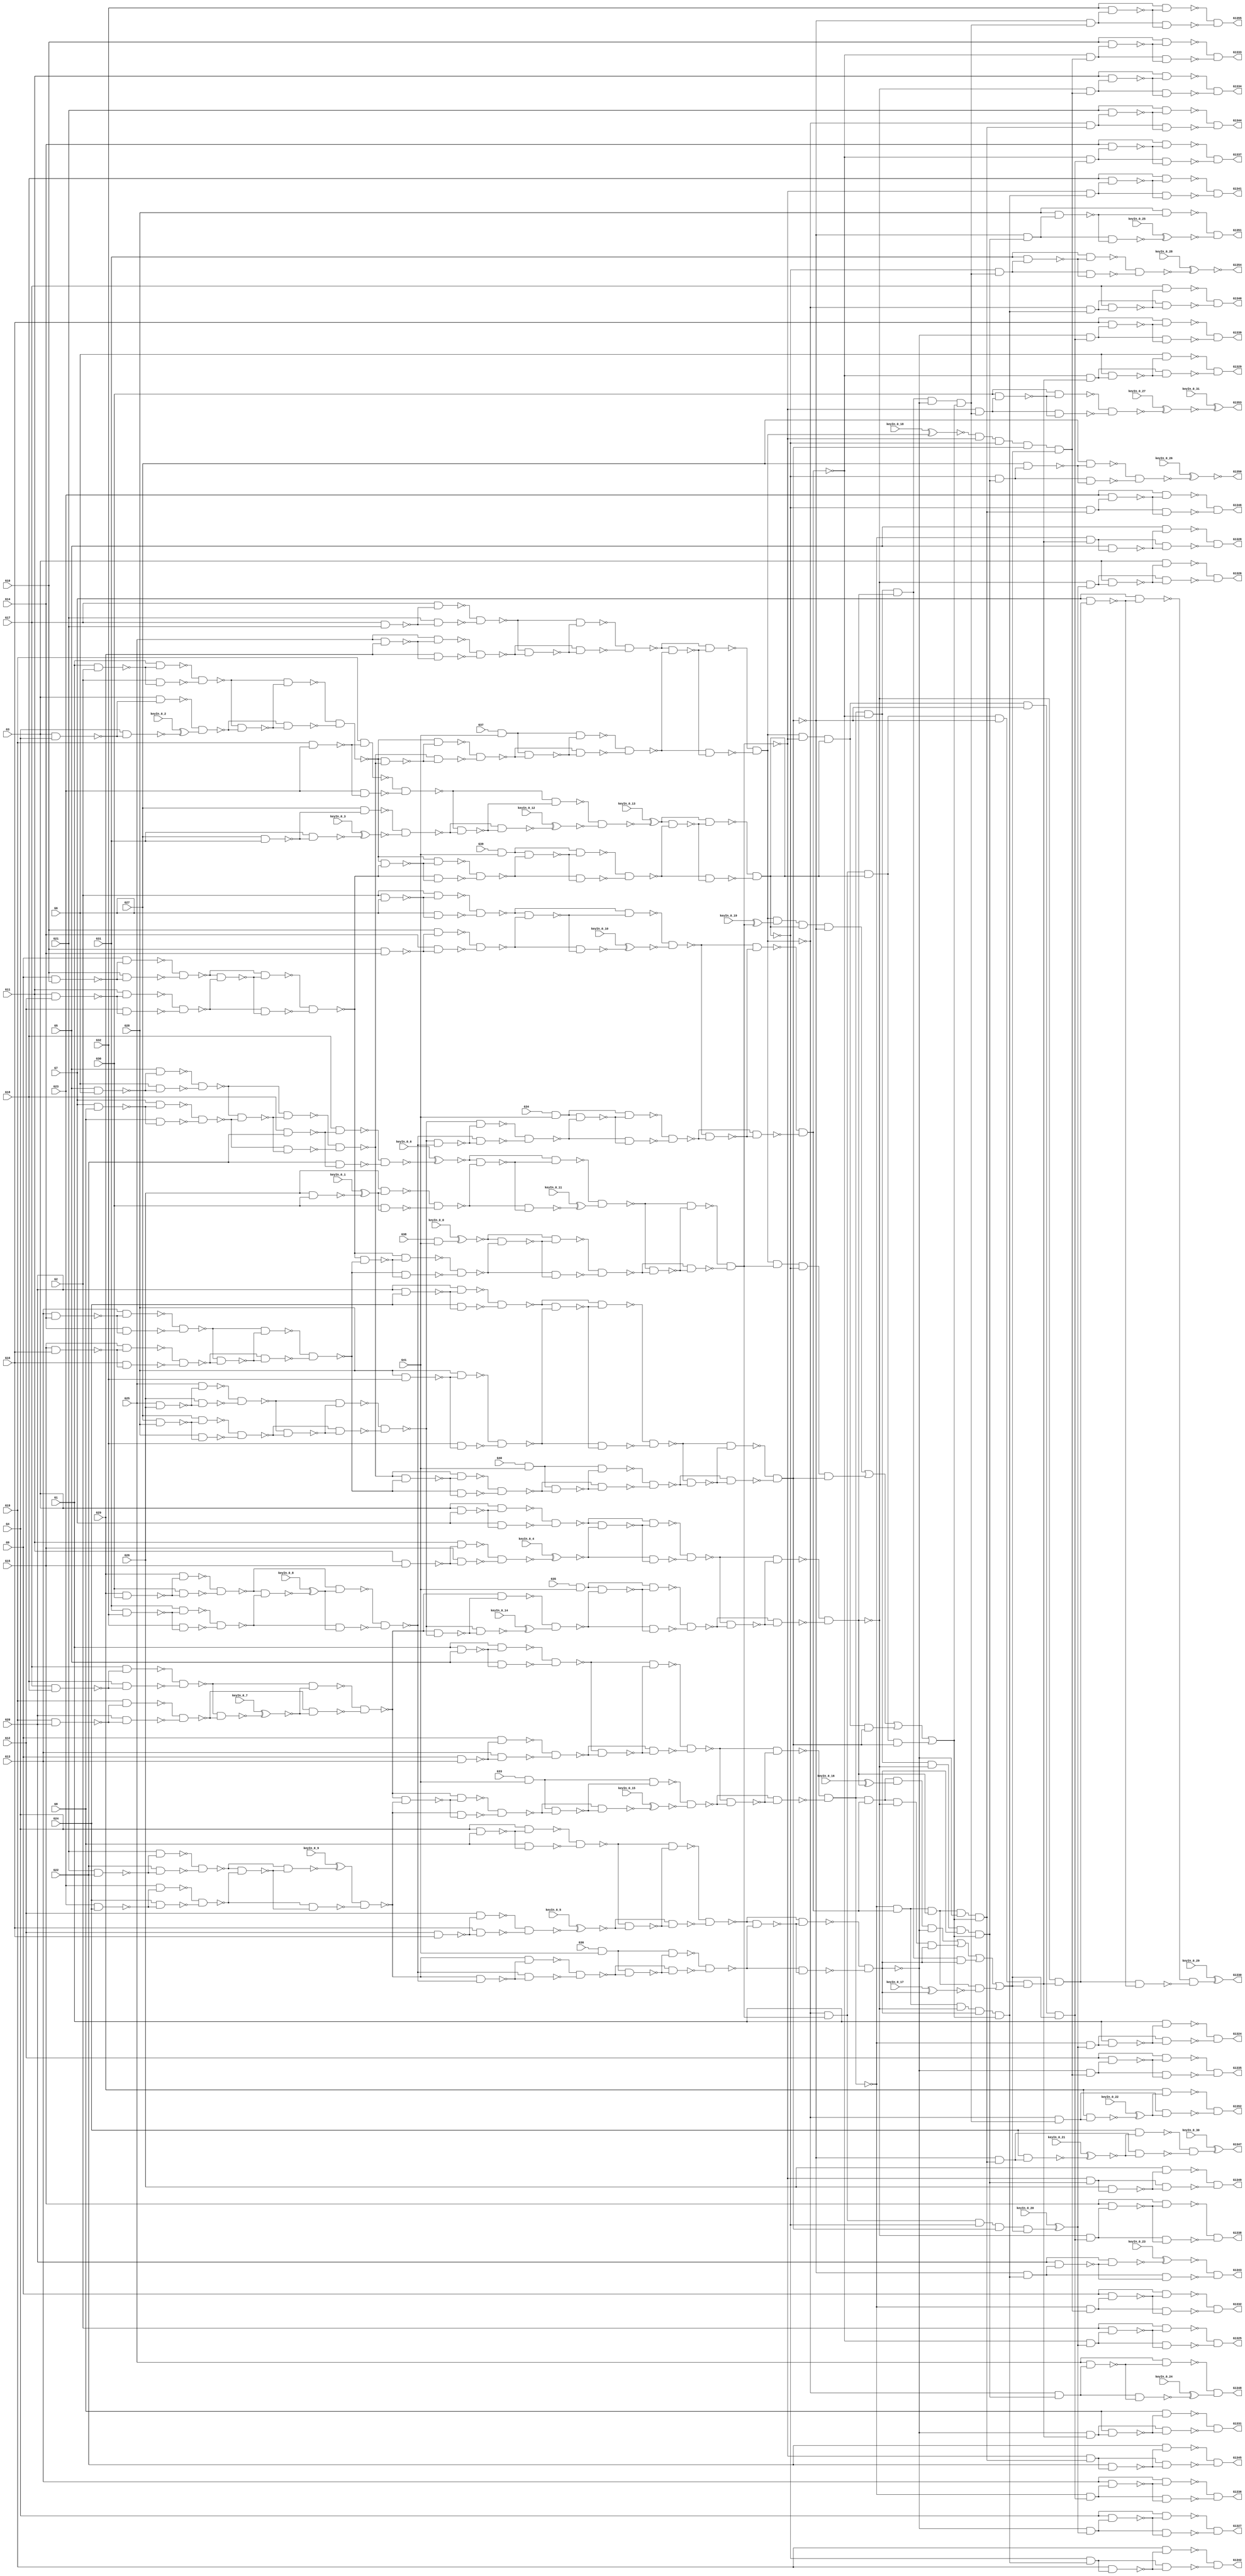
`timescale 1ns / 1ps
module top (G1,G10,G11,G12,G13,G1324,G1325,G1326,G1327,G1328,G1329,G1330,
  G1331,G1332,G1333,G1334,G1335,G1336,G1337,G1338,G1339,G1340,G1341,G1342,
  G1343,G1344,G1345,G1346,G1347,G1348,G1349,G1350,G1351,G1352,G1353,G1354,
  G1355,G14,G15,G16,G17,G18,G19,G2,G20,G21,G22,G23,G24,G25,G26,G27,G28,G29,G3,
                  G30,G31,G32,G33,G34,G35,G36,G37,G38,G39,G4,G40,G41,G5,G6,G7,G8,G9,
        keyIn_0_0, keyIn_0_1, keyIn_0_2, keyIn_0_3, keyIn_0_4,
        keyIn_0_5, keyIn_0_6, keyIn_0_7, keyIn_0_8, keyIn_0_9,
        keyIn_0_10, keyIn_0_11, keyIn_0_12, keyIn_0_13, keyIn_0_14,
        keyIn_0_15, keyIn_0_16, keyIn_0_17, keyIn_0_18, keyIn_0_19,
        keyIn_0_20, keyIn_0_21, keyIn_0_22, keyIn_0_23, keyIn_0_24,
        keyIn_0_25, keyIn_0_26, keyIn_0_27, keyIn_0_28, keyIn_0_29,
        keyIn_0_30, keyIn_0_31);

  input keyIn_0_0, keyIn_0_1, keyIn_0_2, keyIn_0_3, keyIn_0_4;
  input keyIn_0_5, keyIn_0_6, keyIn_0_7, keyIn_0_8, keyIn_0_9;
  input keyIn_0_10, keyIn_0_11, keyIn_0_12, keyIn_0_13, keyIn_0_14;
  input keyIn_0_15, keyIn_0_16, keyIn_0_17, keyIn_0_18, keyIn_0_19;
  input keyIn_0_20, keyIn_0_21, keyIn_0_22, keyIn_0_23, keyIn_0_24;
  input keyIn_0_25, keyIn_0_26, keyIn_0_27, keyIn_0_28, keyIn_0_29;
  input keyIn_0_30, keyIn_0_31;

  wire [0:31] KeyWire_0;
  wire [0:17] KeyNOTWire_0;
input G1,G2,G3,G4,G5,G6,G7,G8,G9,G10,G11,G12,G13,G14,G15,G16,G17,G18,G19,G20,
  G21,G22,G23,G24,G25,G26,G27,G28,G29,G30,G31,G32,G33,G34,G35,G36,G37,G38,G39,
  G40,G41;
output G1324,G1325,G1326,G1327,G1328,G1329,G1330,G1331,G1332,G1333,G1334,G1335,
  G1336,G1337,G1338,G1339,G1340,G1341,G1342,G1343,G1344,G1345,G1346,G1347,
  G1348,G1349,G1350,G1351,G1352,G1353,G1354,G1355;

  wire G242,G245,G248,G251,G254,G257,G260,G263,G266,G269,G272,G275,G278,G281,
    G284,G287,G290,G293,G296,G299,G302,G305,G308,G311,G314,G317,G320,G323,G326,
    G329,G332,G335,G338,G341,G344,G347,G350,G353,G356,G359,G362,G363,G364,G365,
    G366,G367,G368,G369,G370,G371,G372,G373,G374,G375,G376,G377,G378,G379,G380,
    G381,G382,G383,G384,G385,G386,G387,G388,G389,G390,G391,G392,G393,G394,G395,
    G396,G397,G398,G399,G400,G401,G402,G403,G404,G405,G406,G407,G408,G409,G410,
    G411,G412,G413,G414,G415,G416,G417,G418,G419,G420,G421,G422,G423,G424,G425,
    G426,G429,G432,G435,G438,G441,G444,G447,G450,G453,G456,G459,G462,G465,G468,
    G471,G474,G477,G480,G483,G486,G489,G492,G495,G498,G501,G504,G507,G510,G513,
    G516,G519,G522,G525,G528,G531,G534,G537,G540,G543,G546,G549,G552,G555,G558,
    G561,G564,G567,G570,G571,G572,G573,G574,G575,G576,G577,G578,G579,G580,G581,
    G582,G583,G584,G585,G586,G587,G588,G589,G590,G591,G592,G593,G594,G595,G596,
    G597,G598,G599,G600,G601,G602,G607,G612,G617,G622,G627,G632,G637,G642,G645,
    G648,G651,G654,G657,G660,G663,G666,G669,G672,G675,G678,G681,G684,G687,G690,
    G691,G692,G693,G694,G695,G696,G697,G698,G699,G700,G701,G702,G703,G704,G705,
    G706,G709,G712,G715,G718,G721,G724,G727,G730,G733,G736,G739,G742,G745,G748,
    G751,G754,G755,G756,G757,G758,G759,G760,G761,G762,G763,G764,G765,G766,G767,
    G768,G769,G770,G773,G776,G779,G782,G785,G788,G791,G794,G797,G800,G803,G806,
    G809,G812,G815,G818,G819,G820,G821,G822,G823,G824,G825,G826,G827,G828,G829,
    G830,G831,G832,G833,G834,G847,G860,G873,G886,G899,G912,G925,G938,G939,G940,
    G941,G942,G943,G944,G945,G946,G947,G948,G949,G950,G951,G952,G953,G954,G955,
    G956,G957,G958,G959,G960,G961,G962,G963,G964,G965,G966,G967,G968,G969,G970,
    G971,G972,G973,G974,G975,G976,G977,G978,G979,G980,G981,G982,G983,G984,G985,
    G986,G991,G996,G1001,G1006,G1011,G1016,G1021,G1026,G1031,G1036,G1039,G1042,
    G1045,G1048,G1051,G1054,G1057,G1060,G1063,G1066,G1069,G1072,G1075,G1078,
    G1081,G1084,G1087,G1090,G1093,G1096,G1099,G1102,G1105,G1108,G1111,G1114,
    G1117,G1120,G1123,G1126,G1129,G1132,G1135,G1138,G1141,G1144,G1147,G1150,
    G1153,G1156,G1159,G1162,G1165,G1168,G1171,G1174,G1177,G1180,G1183,G1186,
    G1189,G1192,G1195,G1198,G1201,G1204,G1207,G1210,G1213,G1216,G1219,G1222,
    G1225,G1228,G1229,G1230,G1231,G1232,G1233,G1234,G1235,G1236,G1237,G1238,
    G1239,G1240,G1241,G1242,G1243,G1244,G1245,G1246,G1247,G1248,G1249,G1250,
    G1251,G1252,G1253,G1254,G1255,G1256,G1257,G1258,G1259,G1260,G1261,G1262,
    G1263,G1264,G1265,G1266,G1267,G1268,G1269,G1270,G1271,G1272,G1273,G1274,
    G1275,G1276,G1277,G1278,G1279,G1280,G1281,G1282,G1283,G1284,G1285,G1286,
    G1287,G1288,G1289,G1290,G1291,G1292,G1293,G1294,G1295,G1296,G1297,G1298,
    G1299,G1300,G1301,G1302,G1303,G1304,G1305,G1306,G1307,G1308,G1309,G1310,
    G1311,G1312,G1313,G1314,G1315,G1316,G1317,G1318,G1319,G1320,G1321,G1322,
    G1323;

  and AND2_0(G242,G33,G41);
  and AND2_1(G245,G34,G41);
  and AND2_2(G248,G35,G41);
  and AND2_3(G251,G36,G41);
  and AND2_4(G254,G37,G41);
  and AND2_5(KeyWire_0[0], G38,G41);
  xnor KeyGate_0_0(G257, keyIn_0_0, KeyWire_0[0]);
  and AND2_6(G260,G39,G41);
  and AND2_7(G263,G40,G41);
  nand NAND2_0(G266,G1,G2);
  nand NAND2_1(G269,G3,G4);
  nand NAND2_2(G272,G5,G6);
  nand NAND2_3(G275,G7,G8);
  nand NAND2_4(G278,G9,G10);
  nand NAND2_5(G281,G11,G12);
  nand NAND2_6(G284,G13,G14);
  nand NAND2_7(G287,G15,G16);
  nand NAND2_8(G290,G17,G18);
  nand NAND2_9(G293,G19,G20);
  nand NAND2_10(G296,G21,G22);
  nand NAND2_11(G299,G23,G24);
  nand NAND2_12(G302,G25,G26);
  nand NAND2_13(G305,G27,G28);
  nand NAND2_14(G308,G29,G30);
  nand NAND2_15(G311,G31,G32);
  nand NAND2_16(G314,G1,G5);
  nand NAND2_17(G317,G9,G13);
  nand NAND2_18(G320,G2,G6);
  nand NAND2_19(G323,G10,G14);
  nand NAND2_20(G326,G3,G7);
  nand NAND2_21(G329,G11,G15);
  nand NAND2_22(G332,G4,G8);
  nand NAND2_23(G335,G12,G16);
  nand NAND2_24(G338,G17,G21);
  nand NAND2_25(G341,G25,G29);
  nand NAND2_26(G344,G18,G22);
  nand NAND2_27(KeyWire_0[1], G26,G30);
  xnor KeyGate_0_1(KeyNOTWire_0[0], keyIn_0_1, KeyWire_0[1]);
  not KeyNOTGate_0_0(G347, KeyNOTWire_0[0]);
  nand NAND2_28(G350,G19,G23);
  nand NAND2_29(G353,G27,G31);
  nand NAND2_30(G356,G20,G24);
  nand NAND2_31(G359,G28,G32);
  nand NAND2_32(G362,G1,G266);
  nand NAND2_33(G363,G2,G266);
  nand NAND2_34(G364,G3,G269);
  nand NAND2_35(KeyWire_0[2], G4,G269);
  xor KeyGate_0_2(G365, keyIn_0_2, KeyWire_0[2]);
  nand NAND2_36(G366,G5,G272);
  nand NAND2_37(G367,G6,G272);
  nand NAND2_38(G368,G7,G275);
  nand NAND2_39(G369,G8,G275);
  nand NAND2_40(G370,G9,G278);
  nand NAND2_41(G371,G10,G278);
  nand NAND2_42(G372,G11,G281);
  nand NAND2_43(G373,G12,G281);
  nand NAND2_44(G374,G13,G284);
  nand NAND2_45(G375,G14,G284);
  nand NAND2_46(G376,G15,G287);
  nand NAND2_47(G377,G16,G287);
  nand NAND2_48(G378,G17,G290);
  nand NAND2_49(G379,G18,G290);
  nand NAND2_50(G380,G19,G293);
  nand NAND2_51(G381,G20,G293);
  nand NAND2_52(G382,G21,G296);
  nand NAND2_53(G383,G22,G296);
  nand NAND2_54(G384,G23,G299);
  nand NAND2_55(G385,G24,G299);
  nand NAND2_56(G386,G25,G302);
  nand NAND2_57(G387,G26,G302);
  nand NAND2_58(G388,G27,G305);
  nand NAND2_59(G389,G28,G305);
  nand NAND2_60(G390,G29,G308);
  nand NAND2_61(G391,G30,G308);
  nand NAND2_62(G392,G31,G311);
  nand NAND2_63(G393,G32,G311);
  nand NAND2_64(G394,G1,G314);
  nand NAND2_65(G395,G5,G314);
  nand NAND2_66(G396,G9,G317);
  nand NAND2_67(G397,G13,G317);
  nand NAND2_68(G398,G2,G320);
  nand NAND2_69(G399,G6,G320);
  nand NAND2_70(G400,G10,G323);
  nand NAND2_71(G401,G14,G323);
  nand NAND2_72(G402,G3,G326);
  nand NAND2_73(G403,G7,G326);
  nand NAND2_74(G404,G11,G329);
  nand NAND2_75(G405,G15,G329);
  nand NAND2_76(G406,G4,G332);
  nand NAND2_77(G407,G8,G332);
  nand NAND2_78(G408,G12,G335);
  nand NAND2_79(G409,G16,G335);
  nand NAND2_80(G410,G17,G338);
  nand NAND2_81(G411,G21,G338);
  nand NAND2_82(G412,G25,G341);
  nand NAND2_83(G413,G29,G341);
  nand NAND2_84(G414,G18,G344);
  nand NAND2_85(G415,G22,G344);
  nand NAND2_86(G416,G26,G347);
  nand NAND2_87(G417,G30,G347);
  nand NAND2_88(G418,G19,G350);
  nand NAND2_89(G419,G23,G350);
  nand NAND2_90(G420,G27,G353);
  nand NAND2_91(KeyWire_0[3], G31,G353);
  xor KeyGate_0_3(KeyNOTWire_0[1], keyIn_0_3, KeyWire_0[3]);
  not KeyNOTGate_0_1(G421, KeyNOTWire_0[1]);
  nand NAND2_92(G422,G20,G356);
  nand NAND2_93(G423,G24,G356);
  nand NAND2_94(G424,G28,G359);
  nand NAND2_95(G425,G32,G359);
  nand NAND2_96(G426,G362,G363);
  nand NAND2_97(G429,G364,G365);
  nand NAND2_98(G432,G366,G367);
  nand NAND2_99(G435,G368,G369);
  nand NAND2_100(G438,G370,G371);
  nand NAND2_101(G441,G372,G373);
  nand NAND2_102(G444,G374,G375);
  nand NAND2_103(G447,G376,G377);
  nand NAND2_104(G450,G378,G379);
  nand NAND2_105(G453,G380,G381);
  nand NAND2_106(G456,G382,G383);
  nand NAND2_107(G459,G384,G385);
  nand NAND2_108(G462,G386,G387);
  nand NAND2_109(G465,G388,G389);
  nand NAND2_110(G468,G390,G391);
  nand NAND2_111(G471,G392,G393);
  nand NAND2_112(G474,G394,G395);
  nand NAND2_113(G477,G396,G397);
  nand NAND2_114(G480,G398,G399);
  nand NAND2_115(G483,G400,G401);
  nand NAND2_116(G486,G402,G403);
  nand NAND2_117(KeyWire_0[4], G404,G405);
  xor KeyGate_0_4(KeyNOTWire_0[2], keyIn_0_4, KeyWire_0[4]);
  not KeyNOTGate_0_2(G489, KeyNOTWire_0[2]);
  nand NAND2_118(G492,G406,G407);
  nand NAND2_119(KeyWire_0[5], G408,G409);
  xor KeyGate_0_5(KeyNOTWire_0[3], keyIn_0_5, KeyWire_0[5]);
  not KeyNOTGate_0_3(G495, KeyNOTWire_0[3]);
  nand NAND2_120(G498,G410,G411);
  nand NAND2_121(G501,G412,G413);
  nand NAND2_122(KeyWire_0[6], G414,G415);
  xnor KeyGate_0_6(G504, keyIn_0_6, KeyWire_0[6]);
  nand NAND2_123(G507,G416,G417);
  nand NAND2_124(G510,G418,G419);
  nand NAND2_125(G513,G420,G421);
  nand NAND2_126(G516,G422,G423);
  nand NAND2_127(G519,G424,G425);
  nand NAND2_128(G522,G426,G429);
  nand NAND2_129(G525,G432,G435);
  nand NAND2_130(G528,G438,G441);
  nand NAND2_131(G531,G444,G447);
  nand NAND2_132(KeyWire_0[7], G450,G453);
  xnor KeyGate_0_7(G534, keyIn_0_7, KeyWire_0[7]);
  nand NAND2_133(G537,G456,G459);
  nand NAND2_134(G540,G462,G465);
  nand NAND2_135(KeyWire_0[8], G468,G471);
  xnor KeyGate_0_8(KeyNOTWire_0[4], keyIn_0_8, KeyWire_0[8]);
  not KeyNOTGate_0_4(G543, KeyNOTWire_0[4]);
  nand NAND2_136(G546,G474,G477);
  nand NAND2_137(G549,G480,G483);
  nand NAND2_138(G552,G486,G489);
  nand NAND2_139(G555,G492,G495);
  nand NAND2_140(G558,G498,G501);
  nand NAND2_141(G561,G504,G507);
  nand NAND2_142(G564,G510,G513);
  nand NAND2_143(G567,G516,G519);
  nand NAND2_144(G570,G426,G522);
  nand NAND2_145(G571,G429,G522);
  nand NAND2_146(G572,G432,G525);
  nand NAND2_147(G573,G435,G525);
  nand NAND2_148(G574,G438,G528);
  nand NAND2_149(G575,G441,G528);
  nand NAND2_150(G576,G444,G531);
  nand NAND2_151(G577,G447,G531);
  nand NAND2_152(G578,G450,G534);
  nand NAND2_153(G579,G453,G534);
  nand NAND2_154(KeyWire_0[9], G456,G537);
  xnor KeyGate_0_9(KeyNOTWire_0[5], keyIn_0_9, KeyWire_0[9]);
  not KeyNOTGate_0_5(G580, KeyNOTWire_0[5]);
  nand NAND2_155(G581,G459,G537);
  nand NAND2_156(G582,G462,G540);
  nand NAND2_157(G583,G465,G540);
  nand NAND2_158(G584,G468,G543);
  nand NAND2_159(G585,G471,G543);
  nand NAND2_160(G586,G474,G546);
  nand NAND2_161(G587,G477,G546);
  nand NAND2_162(G588,G480,G549);
  nand NAND2_163(KeyWire_0[10], G483,G549);
  xor KeyGate_0_10(KeyNOTWire_0[6], keyIn_0_10, KeyWire_0[10]);
  not KeyNOTGate_0_6(G589, KeyNOTWire_0[6]);
  nand NAND2_164(G590,G486,G552);
  nand NAND2_165(G591,G489,G552);
  nand NAND2_166(G592,G492,G555);
  nand NAND2_167(G593,G495,G555);
  nand NAND2_168(G594,G498,G558);
  nand NAND2_169(G595,G501,G558);
  nand NAND2_170(G596,G504,G561);
  nand NAND2_171(KeyWire_0[11], G507,G561);
  xnor KeyGate_0_11(KeyNOTWire_0[7], keyIn_0_11, KeyWire_0[11]);
  not KeyNOTGate_0_7(G597, KeyNOTWire_0[7]);
  nand NAND2_172(G598,G510,G564);
  nand NAND2_173(KeyWire_0[12], G513,G564);
  xor KeyGate_0_12(KeyNOTWire_0[8], keyIn_0_12, KeyWire_0[12]);
  not KeyNOTGate_0_8(G599, KeyNOTWire_0[8]);
  nand NAND2_174(G600,G516,G567);
  nand NAND2_175(G601,G519,G567);
  nand NAND2_176(G602,G570,G571);
  nand NAND2_177(G607,G572,G573);
  nand NAND2_178(G612,G574,G575);
  nand NAND2_179(G617,G576,G577);
  nand NAND2_180(G622,G578,G579);
  nand NAND2_181(G627,G580,G581);
  nand NAND2_182(G632,G582,G583);
  nand NAND2_183(G637,G584,G585);
  nand NAND2_184(G642,G586,G587);
  nand NAND2_185(G645,G588,G589);
  nand NAND2_186(G648,G590,G591);
  nand NAND2_187(G651,G592,G593);
  nand NAND2_188(G654,G594,G595);
  nand NAND2_189(G657,G596,G597);
  nand NAND2_190(KeyWire_0[13], G598,G599);
  xnor KeyGate_0_13(KeyNOTWire_0[9], keyIn_0_13, KeyWire_0[13]);
  not KeyNOTGate_0_9(G660, KeyNOTWire_0[9]);
  nand NAND2_191(G663,G600,G601);
  nand NAND2_192(G666,G602,G607);
  nand NAND2_193(G669,G612,G617);
  nand NAND2_194(G672,G602,G612);
  nand NAND2_195(G675,G607,G617);
  nand NAND2_196(G678,G622,G627);
  nand NAND2_197(G681,G632,G637);
  nand NAND2_198(G684,G622,G632);
  nand NAND2_199(G687,G627,G637);
  nand NAND2_200(G690,G602,G666);
  nand NAND2_201(G691,G607,G666);
  nand NAND2_202(G692,G612,G669);
  nand NAND2_203(G693,G617,G669);
  nand NAND2_204(G694,G602,G672);
  nand NAND2_205(G695,G612,G672);
  nand NAND2_206(G696,G607,G675);
  nand NAND2_207(G697,G617,G675);
  nand NAND2_208(G698,G622,G678);
  nand NAND2_209(G699,G627,G678);
  nand NAND2_210(G700,G632,G681);
  nand NAND2_211(G701,G637,G681);
  nand NAND2_212(G702,G622,G684);
  nand NAND2_213(KeyWire_0[14], G632,G684);
  xor KeyGate_0_14(G703, keyIn_0_14, KeyWire_0[14]);
  nand NAND2_214(G704,G627,G687);
  nand NAND2_215(G705,G637,G687);
  nand NAND2_216(G706,G690,G691);
  nand NAND2_217(G709,G692,G693);
  nand NAND2_218(G712,G694,G695);
  nand NAND2_219(G715,G696,G697);
  nand NAND2_220(G718,G698,G699);
  nand NAND2_221(G721,G700,G701);
  nand NAND2_222(G724,G702,G703);
  nand NAND2_223(G727,G704,G705);
  nand NAND2_224(G730,G242,G718);
  nand NAND2_225(G733,G245,G721);
  nand NAND2_226(G736,G248,G724);
  nand NAND2_227(G739,G251,G727);
  nand NAND2_228(G742,G254,G706);
  nand NAND2_229(G745,G257,G709);
  nand NAND2_230(G748,G260,G712);
  nand NAND2_231(G751,G263,G715);
  nand NAND2_232(G754,G242,G730);
  nand NAND2_233(KeyWire_0[15], G718,G730);
  xnor KeyGate_0_15(G755, keyIn_0_15, KeyWire_0[15]);
  nand NAND2_234(G756,G245,G733);
  nand NAND2_235(G757,G721,G733);
  nand NAND2_236(G758,G248,G736);
  nand NAND2_237(G759,G724,G736);
  nand NAND2_238(G760,G251,G739);
  nand NAND2_239(G761,G727,G739);
  nand NAND2_240(G762,G254,G742);
  nand NAND2_241(G763,G706,G742);
  nand NAND2_242(G764,G257,G745);
  nand NAND2_243(G765,G709,G745);
  nand NAND2_244(G766,G260,G748);
  nand NAND2_245(G767,G712,G748);
  nand NAND2_246(G768,G263,G751);
  nand NAND2_247(G769,G715,G751);
  nand NAND2_248(G770,G754,G755);
  nand NAND2_249(G773,G756,G757);
  nand NAND2_250(G776,G758,G759);
  nand NAND2_251(G779,G760,G761);
  nand NAND2_252(G782,G762,G763);
  nand NAND2_253(G785,G764,G765);
  nand NAND2_254(G788,G766,G767);
  nand NAND2_255(G791,G768,G769);
  nand NAND2_256(G794,G642,G770);
  nand NAND2_257(G797,G645,G773);
  nand NAND2_258(G800,G648,G776);
  nand NAND2_259(G803,G651,G779);
  nand NAND2_260(G806,G654,G782);
  nand NAND2_261(G809,G657,G785);
  nand NAND2_262(G812,G660,G788);
  nand NAND2_263(G815,G663,G791);
  nand NAND2_264(G818,G642,G794);
  nand NAND2_265(G819,G770,G794);
  nand NAND2_266(G820,G645,G797);
  nand NAND2_267(G821,G773,G797);
  nand NAND2_268(G822,G648,G800);
  nand NAND2_269(G823,G776,G800);
  nand NAND2_270(G824,G651,G803);
  nand NAND2_271(G825,G779,G803);
  nand NAND2_272(G826,G654,G806);
  nand NAND2_273(G827,G782,G806);
  nand NAND2_274(G828,G657,G809);
  nand NAND2_275(G829,G785,G809);
  nand NAND2_276(G830,G660,G812);
  nand NAND2_277(G831,G788,G812);
  nand NAND2_278(G832,G663,G815);
  nand NAND2_279(G833,G791,G815);
  nand NAND2_280(G834,G818,G819);
  nand NAND2_281(G847,G820,G821);
  nand NAND2_282(G860,G822,G823);
  nand NAND2_283(G873,G824,G825);
  nand NAND2_284(G886,G828,G829);
  nand NAND2_285(G899,G832,G833);
  nand NAND2_286(G912,G830,G831);
  nand NAND2_287(G925,G826,G827);
  not NOT_0(G938,G834);
  not NOT_1(G939,G847);
  not NOT_2(KeyWire_0[16], G860);
  xnor KeyGate_0_16(KeyNOTWire_0[10], keyIn_0_16, KeyWire_0[16]);
  not KeyNOTGate_0_10(G940, KeyNOTWire_0[10]);
  not NOT_3(G941,G834);
  not NOT_4(G942,G847);
  not NOT_5(G943,G873);
  not NOT_6(G944,G834);
  not NOT_7(G945,G860);
  not NOT_8(G946,G873);
  not NOT_9(G947,G847);
  not NOT_10(G948,G860);
  not NOT_11(KeyWire_0[17], G873);
  xor KeyGate_0_17(KeyNOTWire_0[11], keyIn_0_17, KeyWire_0[17]);
  not KeyNOTGate_0_11(G949, KeyNOTWire_0[11]);
  not NOT_12(G950,G886);
  not NOT_13(G951,G899);
  not NOT_14(G952,G886);
  not NOT_15(G953,G912);
  not NOT_16(KeyWire_0[18], G925);
  xnor KeyGate_0_18(G954, keyIn_0_18, KeyWire_0[18]);
  not NOT_17(G955,G899);
  not NOT_18(G956,G925);
  not NOT_19(G957,G912);
  not NOT_20(G958,G925);
  not NOT_21(KeyWire_0[19], G886);
  xnor KeyGate_0_19(KeyNOTWire_0[12], keyIn_0_19, KeyWire_0[19]);
  not KeyNOTGate_0_12(G959, KeyNOTWire_0[12]);
  not NOT_22(G960,G912);
  not NOT_23(G961,G925);
  not NOT_24(G962,G886);
  not NOT_25(G963,G899);
  not NOT_26(G964,G925);
  not NOT_27(G965,G912);
  not NOT_28(G966,G899);
  not NOT_29(G967,G886);
  not NOT_30(G968,G912);
  not NOT_31(G969,G899);
  not NOT_32(G970,G847);
  not NOT_33(G971,G873);
  not NOT_34(G972,G847);
  not NOT_35(G973,G860);
  not NOT_36(G974,G834);
  not NOT_37(G975,G873);
  not NOT_38(G976,G834);
  not NOT_39(G977,G860);
  and AND4_0(G978,G938,G939,G940,G873);
  and AND4_1(G979,G941,G942,G860,G943);
  and AND4_2(G980,G944,G847,G945,G946);
  and AND4_3(G981,G834,G947,G948,G949);
  and AND4_4(G982,G958,G959,G960,G899);
  and AND4_5(G983,G961,G962,G912,G963);
  and AND4_6(G984,G964,G886,G965,G966);
  and AND4_7(G985,G925,G967,G968,G969);
  or OR4_0(G986,G978,G979,G980,G981);
  or OR4_1(G991,G982,G983,G984,G985);
  and AND5_0(KeyWire_0[20], G925,G950,G912,G951,G986);
  xnor KeyGate_0_20(KeyNOTWire_0[13], keyIn_0_20, KeyWire_0[20]);
  not KeyNOTGate_0_13(G996, KeyNOTWire_0[13]);
  and AND5_1(G1001,G925,G952,G953,G899,G986);
  and AND5_2(G1006,G954,G886,G912,G955,G986);
  and AND5_3(G1011,G956,G886,G957,G899,G986);
  and AND5_4(G1016,G834,G970,G860,G971,G991);
  and AND5_5(G1021,G834,G972,G973,G873,G991);
  and AND5_6(G1026,G974,G847,G860,G975,G991);
  and AND5_7(G1031,G976,G847,G977,G873,G991);
  and AND2_8(G1036,G834,G996);
  and AND2_9(G1039,G847,G996);
  and AND2_10(G1042,G860,G996);
  and AND2_11(G1045,G873,G996);
  and AND2_12(G1048,G834,G1001);
  and AND2_13(G1051,G847,G1001);
  and AND2_14(G1054,G860,G1001);
  and AND2_15(G1057,G873,G1001);
  and AND2_16(G1060,G834,G1006);
  and AND2_17(G1063,G847,G1006);
  and AND2_18(G1066,G860,G1006);
  and AND2_19(G1069,G873,G1006);
  and AND2_20(G1072,G834,G1011);
  and AND2_21(G1075,G847,G1011);
  and AND2_22(G1078,G860,G1011);
  and AND2_23(G1081,G873,G1011);
  and AND2_24(G1084,G925,G1016);
  and AND2_25(G1087,G886,G1016);
  and AND2_26(G1090,G912,G1016);
  and AND2_27(G1093,G899,G1016);
  and AND2_28(G1096,G925,G1021);
  and AND2_29(G1099,G886,G1021);
  and AND2_30(G1102,G912,G1021);
  and AND2_31(G1105,G899,G1021);
  and AND2_32(G1108,G925,G1026);
  and AND2_33(G1111,G886,G1026);
  and AND2_34(G1114,G912,G1026);
  and AND2_35(G1117,G899,G1026);
  and AND2_36(G1120,G925,G1031);
  and AND2_37(G1123,G886,G1031);
  and AND2_38(G1126,G912,G1031);
  and AND2_39(G1129,G899,G1031);
  nand NAND2_288(G1132,G1,G1036);
  nand NAND2_289(G1135,G2,G1039);
  nand NAND2_290(G1138,G3,G1042);
  nand NAND2_291(G1141,G4,G1045);
  nand NAND2_292(G1144,G5,G1048);
  nand NAND2_293(G1147,G6,G1051);
  nand NAND2_294(G1150,G7,G1054);
  nand NAND2_295(G1153,G8,G1057);
  nand NAND2_296(G1156,G9,G1060);
  nand NAND2_297(G1159,G10,G1063);
  nand NAND2_298(G1162,G11,G1066);
  nand NAND2_299(G1165,G12,G1069);
  nand NAND2_300(G1168,G13,G1072);
  nand NAND2_301(G1171,G14,G1075);
  nand NAND2_302(G1174,G15,G1078);
  nand NAND2_303(G1177,G16,G1081);
  nand NAND2_304(G1180,G17,G1084);
  nand NAND2_305(G1183,G18,G1087);
  nand NAND2_306(G1186,G19,G1090);
  nand NAND2_307(G1189,G20,G1093);
  nand NAND2_308(G1192,G21,G1096);
  nand NAND2_309(G1195,G22,G1099);
  nand NAND2_310(G1198,G23,G1102);
  nand NAND2_311(KeyWire_0[21], G24,G1105);
  xnor KeyGate_0_21(G1201, keyIn_0_21, KeyWire_0[21]);
  nand NAND2_312(G1204,G25,G1108);
  nand NAND2_313(G1207,G26,G1111);
  nand NAND2_314(G1210,G27,G1114);
  nand NAND2_315(G1213,G28,G1117);
  nand NAND2_316(KeyWire_0[22], G29,G1120);
  xor KeyGate_0_22(G1216, keyIn_0_22, KeyWire_0[22]);
  nand NAND2_317(G1219,G30,G1123);
  nand NAND2_318(G1222,G31,G1126);
  nand NAND2_319(G1225,G32,G1129);
  nand NAND2_320(G1228,G1,G1132);
  nand NAND2_321(G1229,G1036,G1132);
  nand NAND2_322(G1230,G2,G1135);
  nand NAND2_323(G1231,G1039,G1135);
  nand NAND2_324(G1232,G3,G1138);
  nand NAND2_325(G1233,G1042,G1138);
  nand NAND2_326(G1234,G4,G1141);
  nand NAND2_327(G1235,G1045,G1141);
  nand NAND2_328(G1236,G5,G1144);
  nand NAND2_329(G1237,G1048,G1144);
  nand NAND2_330(G1238,G6,G1147);
  nand NAND2_331(G1239,G1051,G1147);
  nand NAND2_332(G1240,G7,G1150);
  nand NAND2_333(G1241,G1054,G1150);
  nand NAND2_334(G1242,G8,G1153);
  nand NAND2_335(G1243,G1057,G1153);
  nand NAND2_336(G1244,G9,G1156);
  nand NAND2_337(G1245,G1060,G1156);
  nand NAND2_338(G1246,G10,G1159);
  nand NAND2_339(G1247,G1063,G1159);
  nand NAND2_340(G1248,G11,G1162);
  nand NAND2_341(G1249,G1066,G1162);
  nand NAND2_342(G1250,G12,G1165);
  nand NAND2_343(G1251,G1069,G1165);
  nand NAND2_344(G1252,G13,G1168);
  nand NAND2_345(G1253,G1072,G1168);
  nand NAND2_346(G1254,G14,G1171);
  nand NAND2_347(G1255,G1075,G1171);
  nand NAND2_348(G1256,G15,G1174);
  nand NAND2_349(G1257,G1078,G1174);
  nand NAND2_350(G1258,G16,G1177);
  nand NAND2_351(G1259,G1081,G1177);
  nand NAND2_352(G1260,G17,G1180);
  nand NAND2_353(G1261,G1084,G1180);
  nand NAND2_354(G1262,G18,G1183);
  nand NAND2_355(G1263,G1087,G1183);
  nand NAND2_356(G1264,G19,G1186);
  nand NAND2_357(G1265,G1090,G1186);
  nand NAND2_358(KeyWire_0[23], G20,G1189);
  xor KeyGate_0_23(KeyNOTWire_0[14], keyIn_0_23, KeyWire_0[23]);
  not KeyNOTGate_0_14(G1266, KeyNOTWire_0[14]);
  nand NAND2_359(G1267,G1093,G1189);
  nand NAND2_360(G1268,G21,G1192);
  nand NAND2_361(G1269,G1096,G1192);
  nand NAND2_362(G1270,G22,G1195);
  nand NAND2_363(G1271,G1099,G1195);
  nand NAND2_364(G1272,G23,G1198);
  nand NAND2_365(G1273,G1102,G1198);
  nand NAND2_366(G1274,G24,G1201);
  nand NAND2_367(G1275,G1105,G1201);
  nand NAND2_368(G1276,G25,G1204);
  nand NAND2_369(KeyWire_0[24], G1108,G1204);
  xor KeyGate_0_24(G1277, keyIn_0_24, KeyWire_0[24]);
  nand NAND2_370(G1278,G26,G1207);
  nand NAND2_371(G1279,G1111,G1207);
  nand NAND2_372(G1280,G27,G1210);
  nand NAND2_373(G1281,G1114,G1210);
  nand NAND2_374(G1282,G28,G1213);
  nand NAND2_375(KeyWire_0[25], G1117,G1213);
  xor KeyGate_0_25(KeyNOTWire_0[15], keyIn_0_25, KeyWire_0[25]);
  not KeyNOTGate_0_15(G1283, KeyNOTWire_0[15]);
  nand NAND2_376(G1284,G29,G1216);
  nand NAND2_377(G1285,G1120,G1216);
  nand NAND2_378(G1286,G30,G1219);
  nand NAND2_379(G1287,G1123,G1219);
  nand NAND2_380(G1288,G31,G1222);
  nand NAND2_381(G1289,G1126,G1222);
  nand NAND2_382(G1290,G32,G1225);
  nand NAND2_383(G1291,G1129,G1225);
  nand NAND2_384(G1292,G1228,G1229);
  nand NAND2_385(G1293,G1230,G1231);
  nand NAND2_386(G1294,G1232,G1233);
  nand NAND2_387(G1295,G1234,G1235);
  nand NAND2_388(G1296,G1236,G1237);
  nand NAND2_389(G1297,G1238,G1239);
  nand NAND2_390(G1298,G1240,G1241);
  nand NAND2_391(G1299,G1242,G1243);
  nand NAND2_392(G1300,G1244,G1245);
  nand NAND2_393(G1301,G1246,G1247);
  nand NAND2_394(G1302,G1248,G1249);
  nand NAND2_395(G1303,G1250,G1251);
  nand NAND2_396(G1304,G1252,G1253);
  nand NAND2_397(G1305,G1254,G1255);
  nand NAND2_398(G1306,G1256,G1257);
  nand NAND2_399(G1307,G1258,G1259);
  nand NAND2_400(G1308,G1260,G1261);
  nand NAND2_401(G1309,G1262,G1263);
  nand NAND2_402(G1310,G1264,G1265);
  nand NAND2_403(G1311,G1266,G1267);
  nand NAND2_404(G1312,G1268,G1269);
  nand NAND2_405(G1313,G1270,G1271);
  nand NAND2_406(G1314,G1272,G1273);
  nand NAND2_407(G1315,G1274,G1275);
  nand NAND2_408(G1316,G1276,G1277);
  nand NAND2_409(G1317,G1278,G1279);
  nand NAND2_410(KeyWire_0[26], G1280,G1281);
  xor KeyGate_0_26(G1318, keyIn_0_26, KeyWire_0[26]);
  nand NAND2_411(G1319,G1282,G1283);
  nand NAND2_412(G1320,G1284,G1285);
  nand NAND2_413(KeyWire_0[27], G1286,G1287);
  xor KeyGate_0_27(G1321, keyIn_0_27, KeyWire_0[27]);
  nand NAND2_414(KeyWire_0[28], G1288,G1289);
  xor KeyGate_0_28(G1322, keyIn_0_28, KeyWire_0[28]);
  nand NAND2_415(G1323,G1290,G1291);
  not NOT_40(G1324,G1292);
  not NOT_41(G1325,G1293);
  not NOT_42(G1326,G1294);
  not NOT_43(G1327,G1295);
  not NOT_44(G1328,G1296);
  not NOT_45(G1329,G1297);
  not NOT_46(KeyWire_0[29], G1298);
  xnor KeyGate_0_29(KeyNOTWire_0[16], keyIn_0_29, KeyWire_0[29]);
  not KeyNOTGate_0_16(G1330, KeyNOTWire_0[16]);
  not NOT_47(G1331,G1299);
  not NOT_48(G1332,G1300);
  not NOT_49(G1333,G1301);
  not NOT_50(G1334,G1302);
  not NOT_51(G1335,G1303);
  not NOT_52(G1336,G1304);
  not NOT_53(G1337,G1305);
  not NOT_54(G1338,G1306);
  not NOT_55(G1339,G1307);
  not NOT_56(G1340,G1308);
  not NOT_57(G1341,G1309);
  not NOT_58(G1342,G1310);
  not NOT_59(G1343,G1311);
  not NOT_60(G1344,G1312);
  not NOT_61(G1345,G1313);
  not NOT_62(G1346,G1314);
  not NOT_63(KeyWire_0[30], G1315);
  xnor KeyGate_0_30(KeyNOTWire_0[17], keyIn_0_30, KeyWire_0[30]);
  not KeyNOTGate_0_17(G1347, KeyNOTWire_0[17]);
  not NOT_64(G1348,G1316);
  not NOT_65(G1349,G1317);
  not NOT_66(G1350,G1318);
  not NOT_67(G1351,G1319);
  not NOT_68(G1352,G1320);
  not NOT_69(KeyWire_0[31], G1321);
  xor KeyGate_0_31(G1353, keyIn_0_31, KeyWire_0[31]);
  not NOT_70(G1354,G1322);
  not NOT_71(G1355,G1323);

endmodule